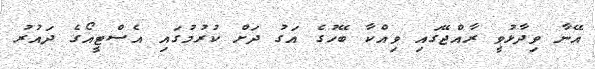
އޭނާ ވިދާޅުވީ ރާއްޖޭގައި ވިއްކާ ބޭހުގެ އަގު ދަށް ކުރުމުގައި އެސްޓީއޯގެ ދައުރު